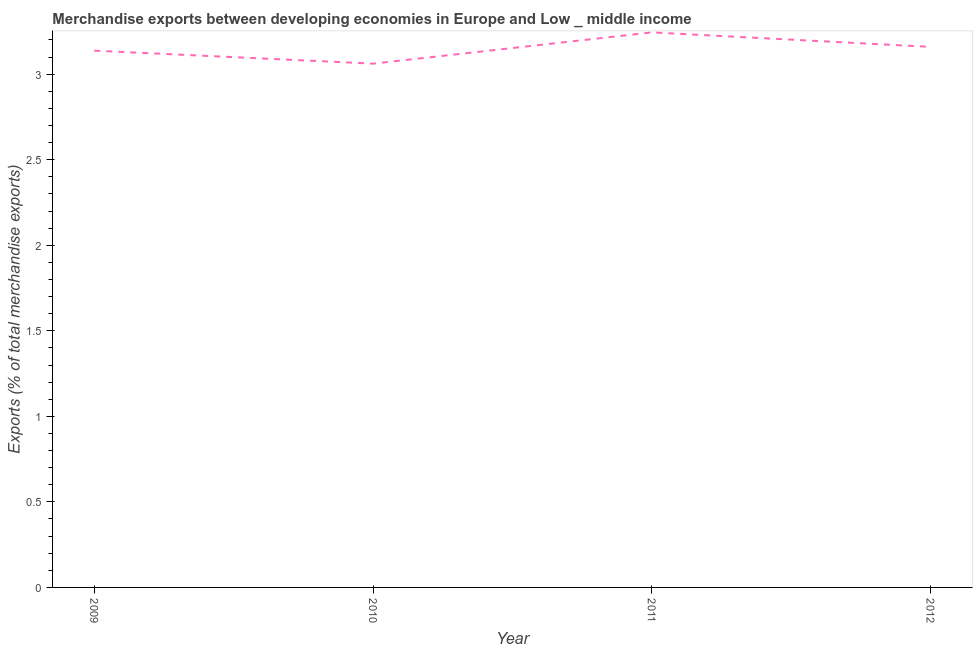
| Year | Merchandise Exports |
 | --- | --- |
 | 2009 | 3.14 |
 | 2010 | 3.06 |
 | 2011 | 3.24 |
 | 2012 | 3.16 |